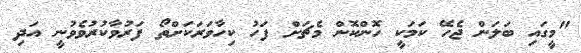
"މީގައި ބަލަން ޖެހޭ ކަމަކީ ހޮންކޮން މެޗަށް ފަހު ކިހާވަރަކަށްތޯ ފަރުވާކުރުވެވުނީ އަދި